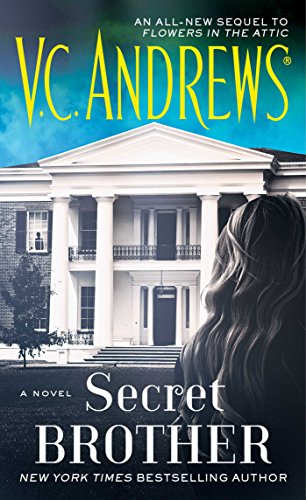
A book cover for Secret Brother (Dollanganger); V.C. Andrews; Romance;